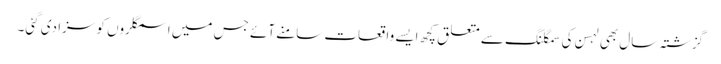
گزشتہ سال بھی لہسن کی سمگلنگ سے متعلق کچھ ایسے واقعات سامنے آئے جس میں اسمگلروں کو سزا دی گئی۔